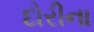
દોરીના